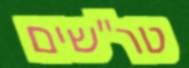
טר"שים